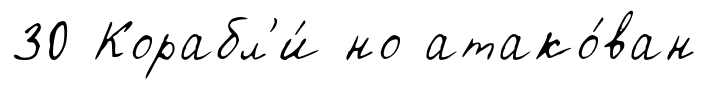
30 Корабл'и́ но атако́ван